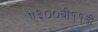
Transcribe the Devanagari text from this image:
ए३००बी११ची